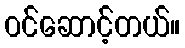
ဝင်ဆောင့်တယ်။